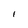
Character: l